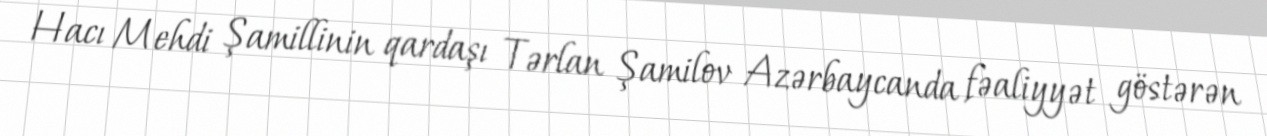
Hacı Mehdi Şamillinin qardaşı Tərlan Şamilov Azərbaycanda fəaliyyət göstərən